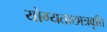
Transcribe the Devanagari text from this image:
योग्यताछात्रवृत्ति